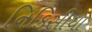
નિકિસીયા